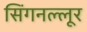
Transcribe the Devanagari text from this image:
सिंगनल्लूर